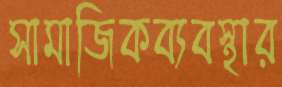
সামাজিকব্যবস্থার